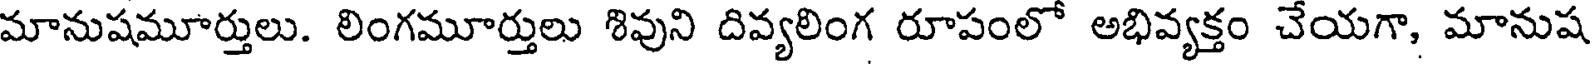
మానుషమూర్తులు. లింగమూర్తులు శివుని దివ్యలింగ రూపంలో అభివ్యక్తం చేయగా, మానుష